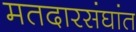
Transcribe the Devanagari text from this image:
मतदारसंघांत